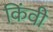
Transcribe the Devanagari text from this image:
किंवी